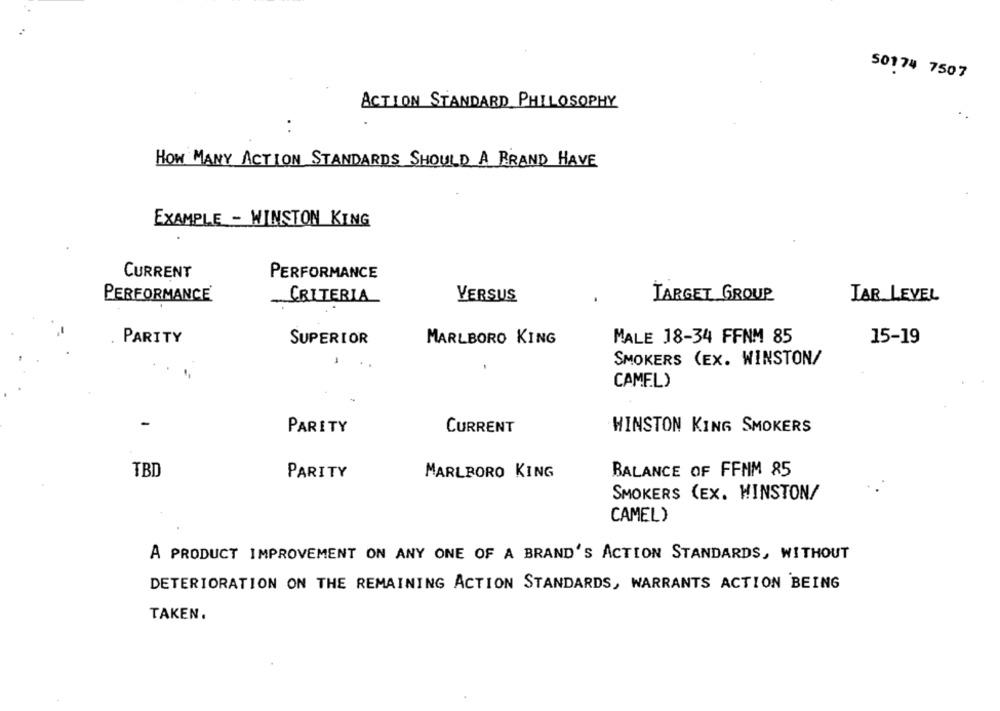
50174 7507
ACTION STANDARD PHILOSOPHY
HOW MANY ACTION STANDARDS SHOULD A BRAND HAVE
EXAMPLE - WINSTON KING
CURRENT
PERFORMANCE
PERFORMANCE
CRITERIA
VERSUS
TARGET GROUP
TAR LEVEL
PARITY
SUPERIOR
MARLBORO KING
MALE 18-34 FFNM 85
15-19
SMOKERS (EX. WINSTON/
CAMEL)
PARITY
CURRENT
WINSTON KING SMOKERS
TBD
PARITY
MARLBORO KING
BALANCE OF FFNM 85
SMOKERS (EX. WINSTON/
CAMEL)
A PRODUCT IMPROVEMENT ON ANY ONE OF A BRAND'S ACTION STANDARDS, WITHOUT
DETERIORATION ON THE REMAINING ACTION STANDARDS, WARRANTS ACTION BEING
TAKEN.